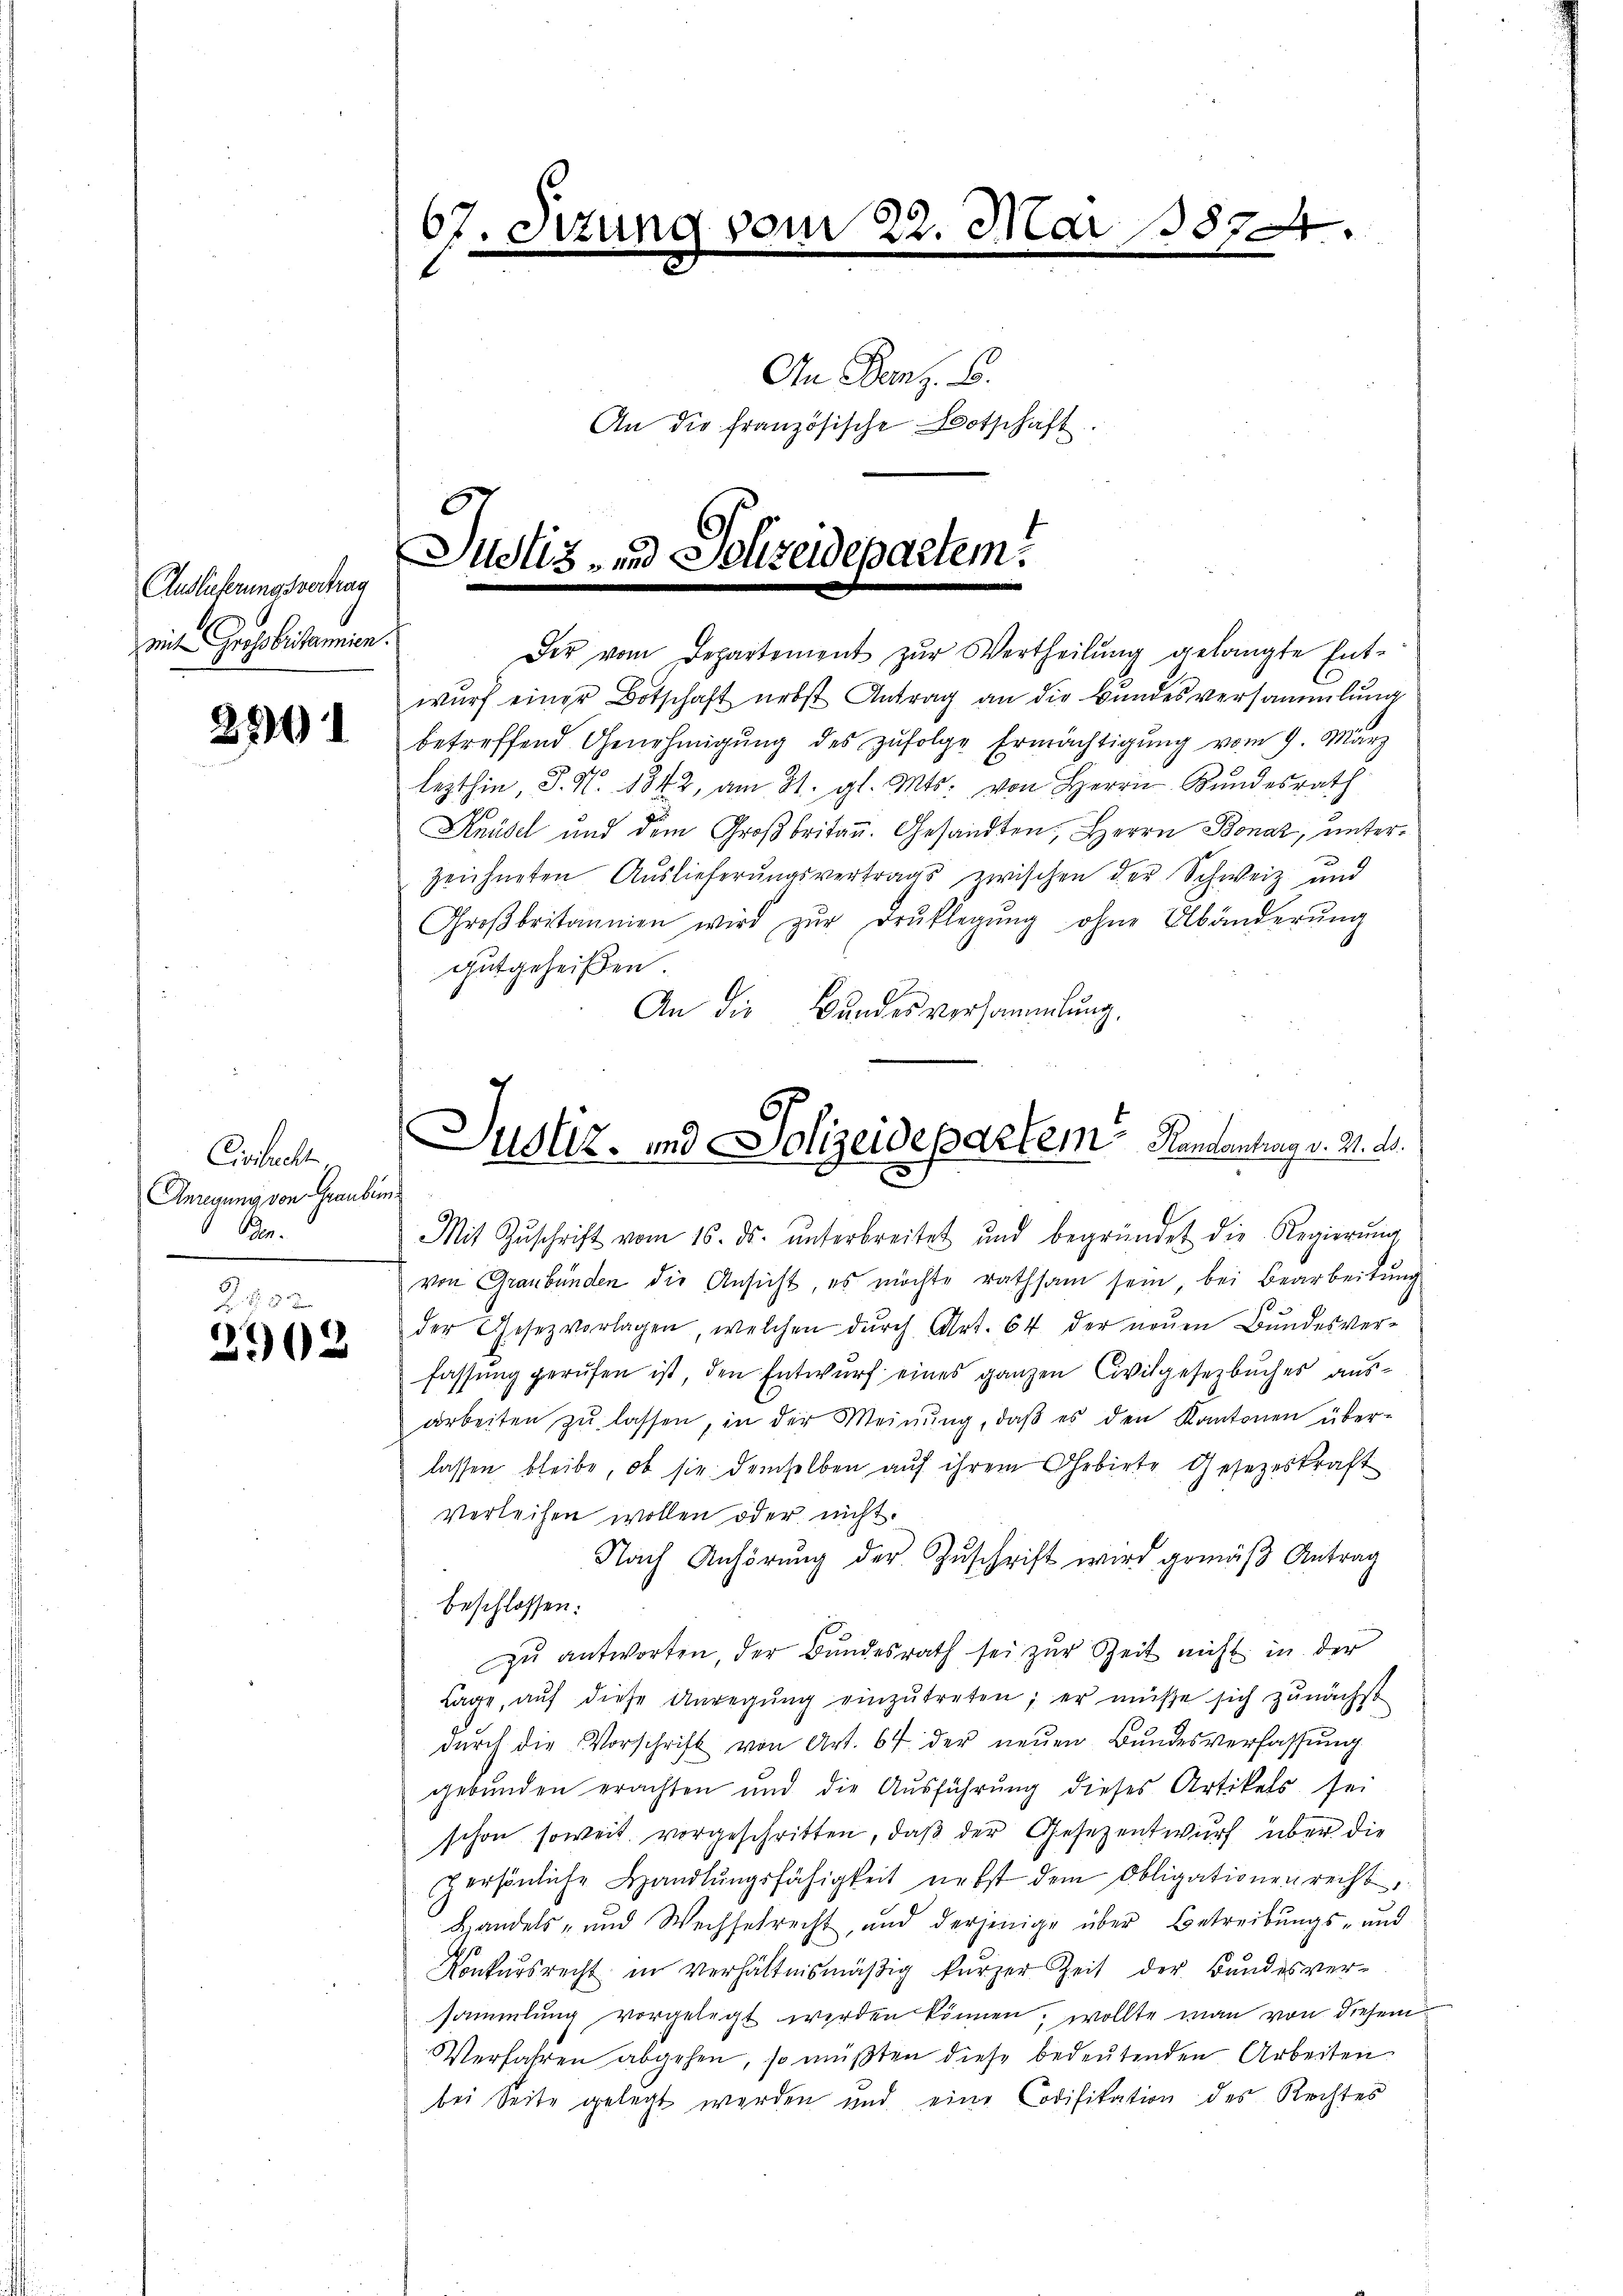
Auslieferungsvertrag
mit Großbritannien.

3501

Civilrecht
Anregung von Graubens
Bn.

232.
2902

67. Sizung vom 22. Mai 18874.

An Danz. B.
An die französische Botschaft.

Justiz- und Solizeidepartem
Der vom Departement zŭr Vertheilŭng gelangte Ent-

Justiz- und Polizeidepartem Kanzentrag v. 21. d.

wŭrf einer Botschaft nebst Antrag an die Bundesversammlung
betreffend Genehmigŭng des zŭfolge Ermächtigung vom 9. März
lezthin P. Nr. 1842, am 21. gl. Mts. von Herrn Kundesrath
Knüsel und dem Großbritan. Gesandten, Herrn Bonar, unterzeichneten Auslieferŭngsvertrags zwischen der Schweiz und
Groβbritannien wird zŭr Brŭklegŭng ohne Abänderŭng
gutgeheißen.
An die Bundesversammlung,
Mit Zŭschrift vom 16. ds. ŭnterbreitet und begründet die Regierŭng
von Graubünden die Ansicht, es möchte rathsam sein, bei Bearbeitung
der Gesetz vorlagen, welchen dŭrch Art. 64 der neŭen Bŭndesver-
fassung gerufen ist, den Entwurf eines ganzen Civilgesetzbuches ausarbeiten zŭ lassen, in der Meinŭng, daβ es den Kantonen über-
lassen bleibe, ob sie demselben auf ihrem Gebiete Gesetzeskraft
verleihen wollen oder nicht.
Nach Anhörung der Zuschrift wird gemäß Antrag
beschlossen:
zŭ antworten, der Bundesrath sei zur Zeit nicht in der
Lage, aŭf diese Anregŭng einzŭtreten; er müsse sich zunächst
dŭrch die Vorschrift von Art. 64 der neŭen Bŭndesverfassŭng
gebŭnden erachten und die Aŭsführŭng dieses Artikels sei
schon soweit vorgeschritten, daß der Gesezentwurf über die
persönliche Handlŭngsfähigkeit nebst dem Obligationenrecht,
Handels- und Wechselrecht, und derjenige über Betreibungs- und
Konkursrecht in verhältnismäßig kurzer Zeit der Bundesver-
sammlung vorgelegt werden können, wollte man von diesem
Verfahren abgehen, so müßten diese bedeutenden Arbeiten
bei Seite gelegt werden und eine Codifikation des Rechtes